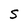
Character: S